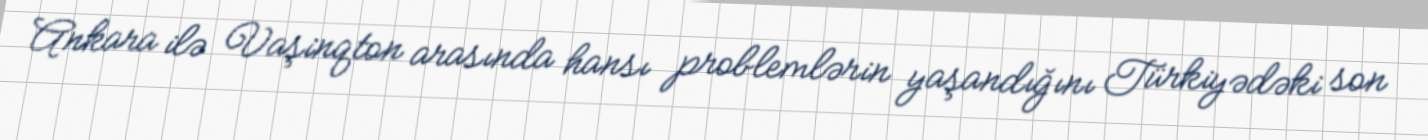
Ankara ilə Vaşinqton arasında hansı problemlərin yaşandığını Türkiyədəki son